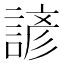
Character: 諺